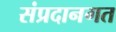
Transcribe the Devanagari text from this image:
संप्रदानगत